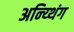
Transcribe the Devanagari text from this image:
अन्य्थिंग